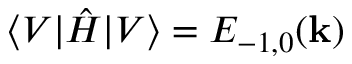
\langle V | \hat { H } | V \rangle = E _ { - 1 , 0 } ( \mathbf { k } )